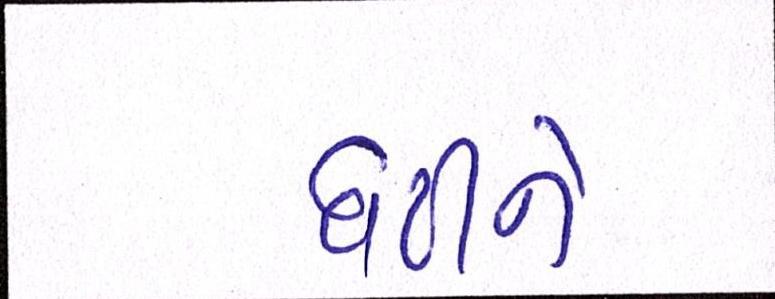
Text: ઘટીને